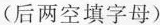
(后两空填字母)